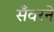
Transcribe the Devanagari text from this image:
सँवरने